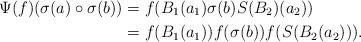
LaTeX: \begin{align*}\Psi(f)(\sigma(a)\circ \sigma(b))&=f(B_1(a_1)\sigma(b)S(B_2)(a_2))\\&=f(B_1(a_1))f(\sigma(b))f(S(B_2(a_2))).\end{align*}